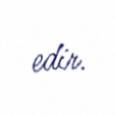
edir.